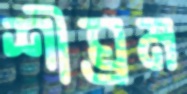
শীঘ্রম